Annual report of the Central Committee of the Association together with the report of the directors of the Pasteur Institute at Kasauli
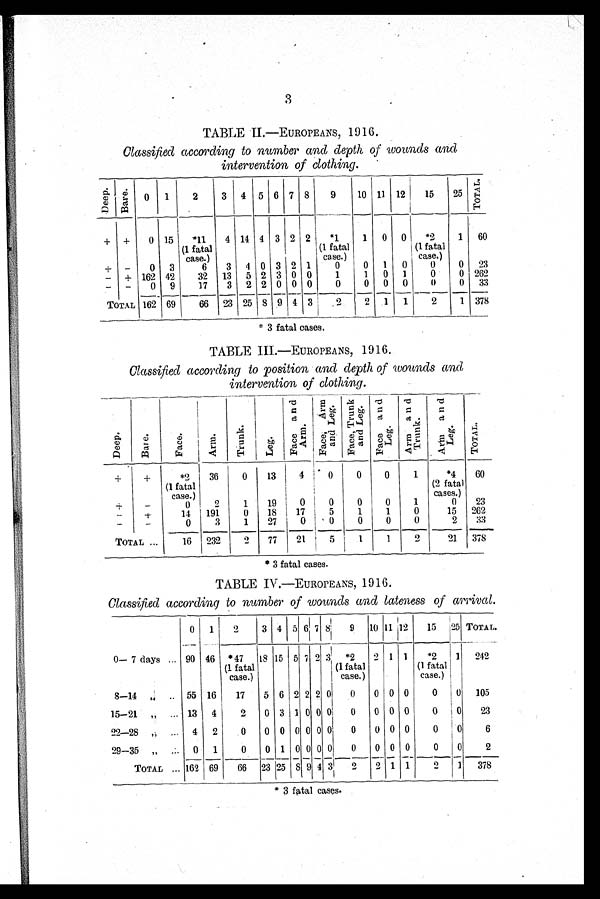
3
TABLE II.—EUROPEANS, 1 916.
Classified according to number and depth of wounds and
intervention of clothing.
D e e p
Ba r e
0
1
2
3
4
5 6 7 8
9
10 11 12
15
25
TOTAL
+
+
0 15
*11
4 14 4 3 2 2
*1
1
0
0
"2
1
60
(1 fatal
case.)
(1 fatal
case.)
(1 fatal
case.)
+
-
0
3
6
3
4 0 3 2 1
0
0
1
0
0
0
2 3
-
+ 162 42
32 13 5 2 3 0 0
1
1
0
1
0
0 262
-
-
0
9
17
3
2 2 0 0 0
0
0
0
0
0
0
3 3
TOTAL
162 69
66 23 25 8 9 4 3
______
. 2
2
1
1
2
1
378
*3 fatal cases.
TABLE III.—EUROPEANS, 1916. .
Classified according to position and depth of wounds and,
intervention of clothing.
Deep Bare
F a c e
A r m
T r u n k
Leg
F a c e a n d A r m .
F a c e , A r m a n d L e r g .
F a c e , T r u n k a n d L e g .
A r m a n d T r u n k .
A r m a n d L e g .
T O T A L
+
+
*2
36
0
13
0
0
1
*4
60
(1 fatal
(2 fatal
case.)
'
cases.)
+
-
0
2
1
19
0 j
0
0
0
1
0
23
t.
14
191
0
18
17 I
5
1
1
0
15
2G2
-
-
0
3
1
27
0 1' 0
0
0
0
2
33
TOTAL ...
16
232
2
77
21 ' 5
1
1
2
21
378
* 3 fatal cases.
TABLE IV.—EUROPEANS, 1916.
Classified according to number of wounds and lateness of arrival.
0 1
2
3 4 5 6 7 8'
9 10 11 12
15 25 TOTAL
0— 7 days ... 90 46 *47
18 15 5 7 2 3 *2
2 1 1
*2
1 242
(1 fatal
case.)
1 (1 fatal
case.)
(1 fatal
case.)
8-14
.. 55 16
17
5 6 2 2 2 01
0
0 0 0
0 j 0 105
[5-21 „ ... 13 4
2
0 3 1 0 0 0' 0
0 0 0
0 t 0
23
22-28
... 4 2
0
0 0 0 0 0 0
0
0 0 0
0
0
6
29-35 ,,
0 1
0
0 1 0 0 0 0
0
0 0 0
0
0
2
TOTAL ,.. 162 69
66 23 I25 S 9 4 3
2
2 1 1
2
1
378
* 3 fatal cases.